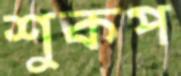
শুকপ